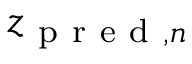
z _ { \mathrm { ~ p ~ r ~ e ~ d ~ } , n }